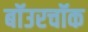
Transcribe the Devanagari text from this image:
बॉउरचॉक